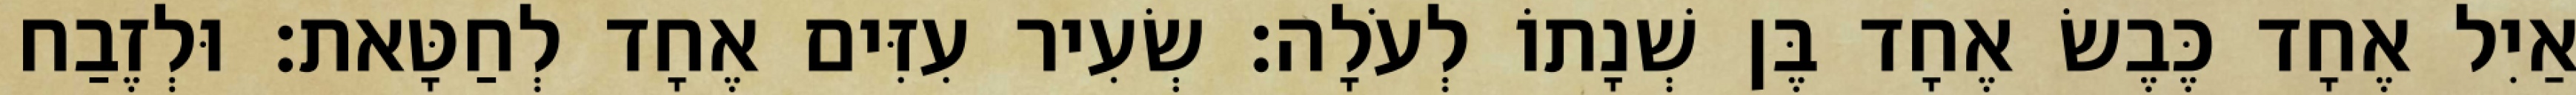
אַיִל אֶחָד כֶּבֶשׂ אֶחָד בֶּן שְׁנָתוֹ לְעֹלָה׃ שְׂעִיר עִזִּים אֶחָד לְחַטָּאת׃ וּלְזֶבַח